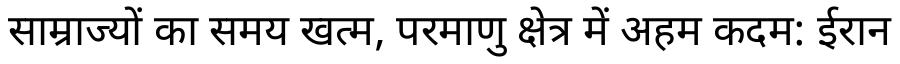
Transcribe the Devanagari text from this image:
साम्राज्यों का समय खत्म, परमाणु क्षेत्र में अहम कदम: ईरान